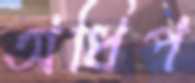
অধিপ